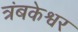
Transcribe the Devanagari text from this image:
त्रंबकेश्वर